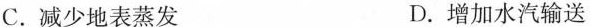
C.减少地表蒸发 D.增加水汽输送